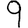
Digit: 9